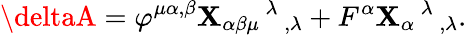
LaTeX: \deltaA=\varphi^{\mu\alpha,\beta}\mathbf{X}_{\alpha\beta\mu}{}^{\, \lambda}{}_{\, ,\lambda}+F^{\alpha}\mathbf{X}_{\alpha}{}^{\, \lambda}{}_{\, ,\lambda}.